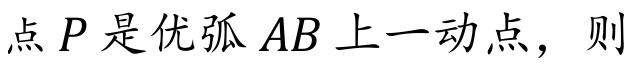
点 \(P\) 是优弧 \(AB\) 上一动点，则